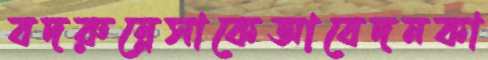
বদরুন্নেসাকেআবেদনকা